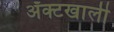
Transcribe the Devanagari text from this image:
ॲक्टखाली